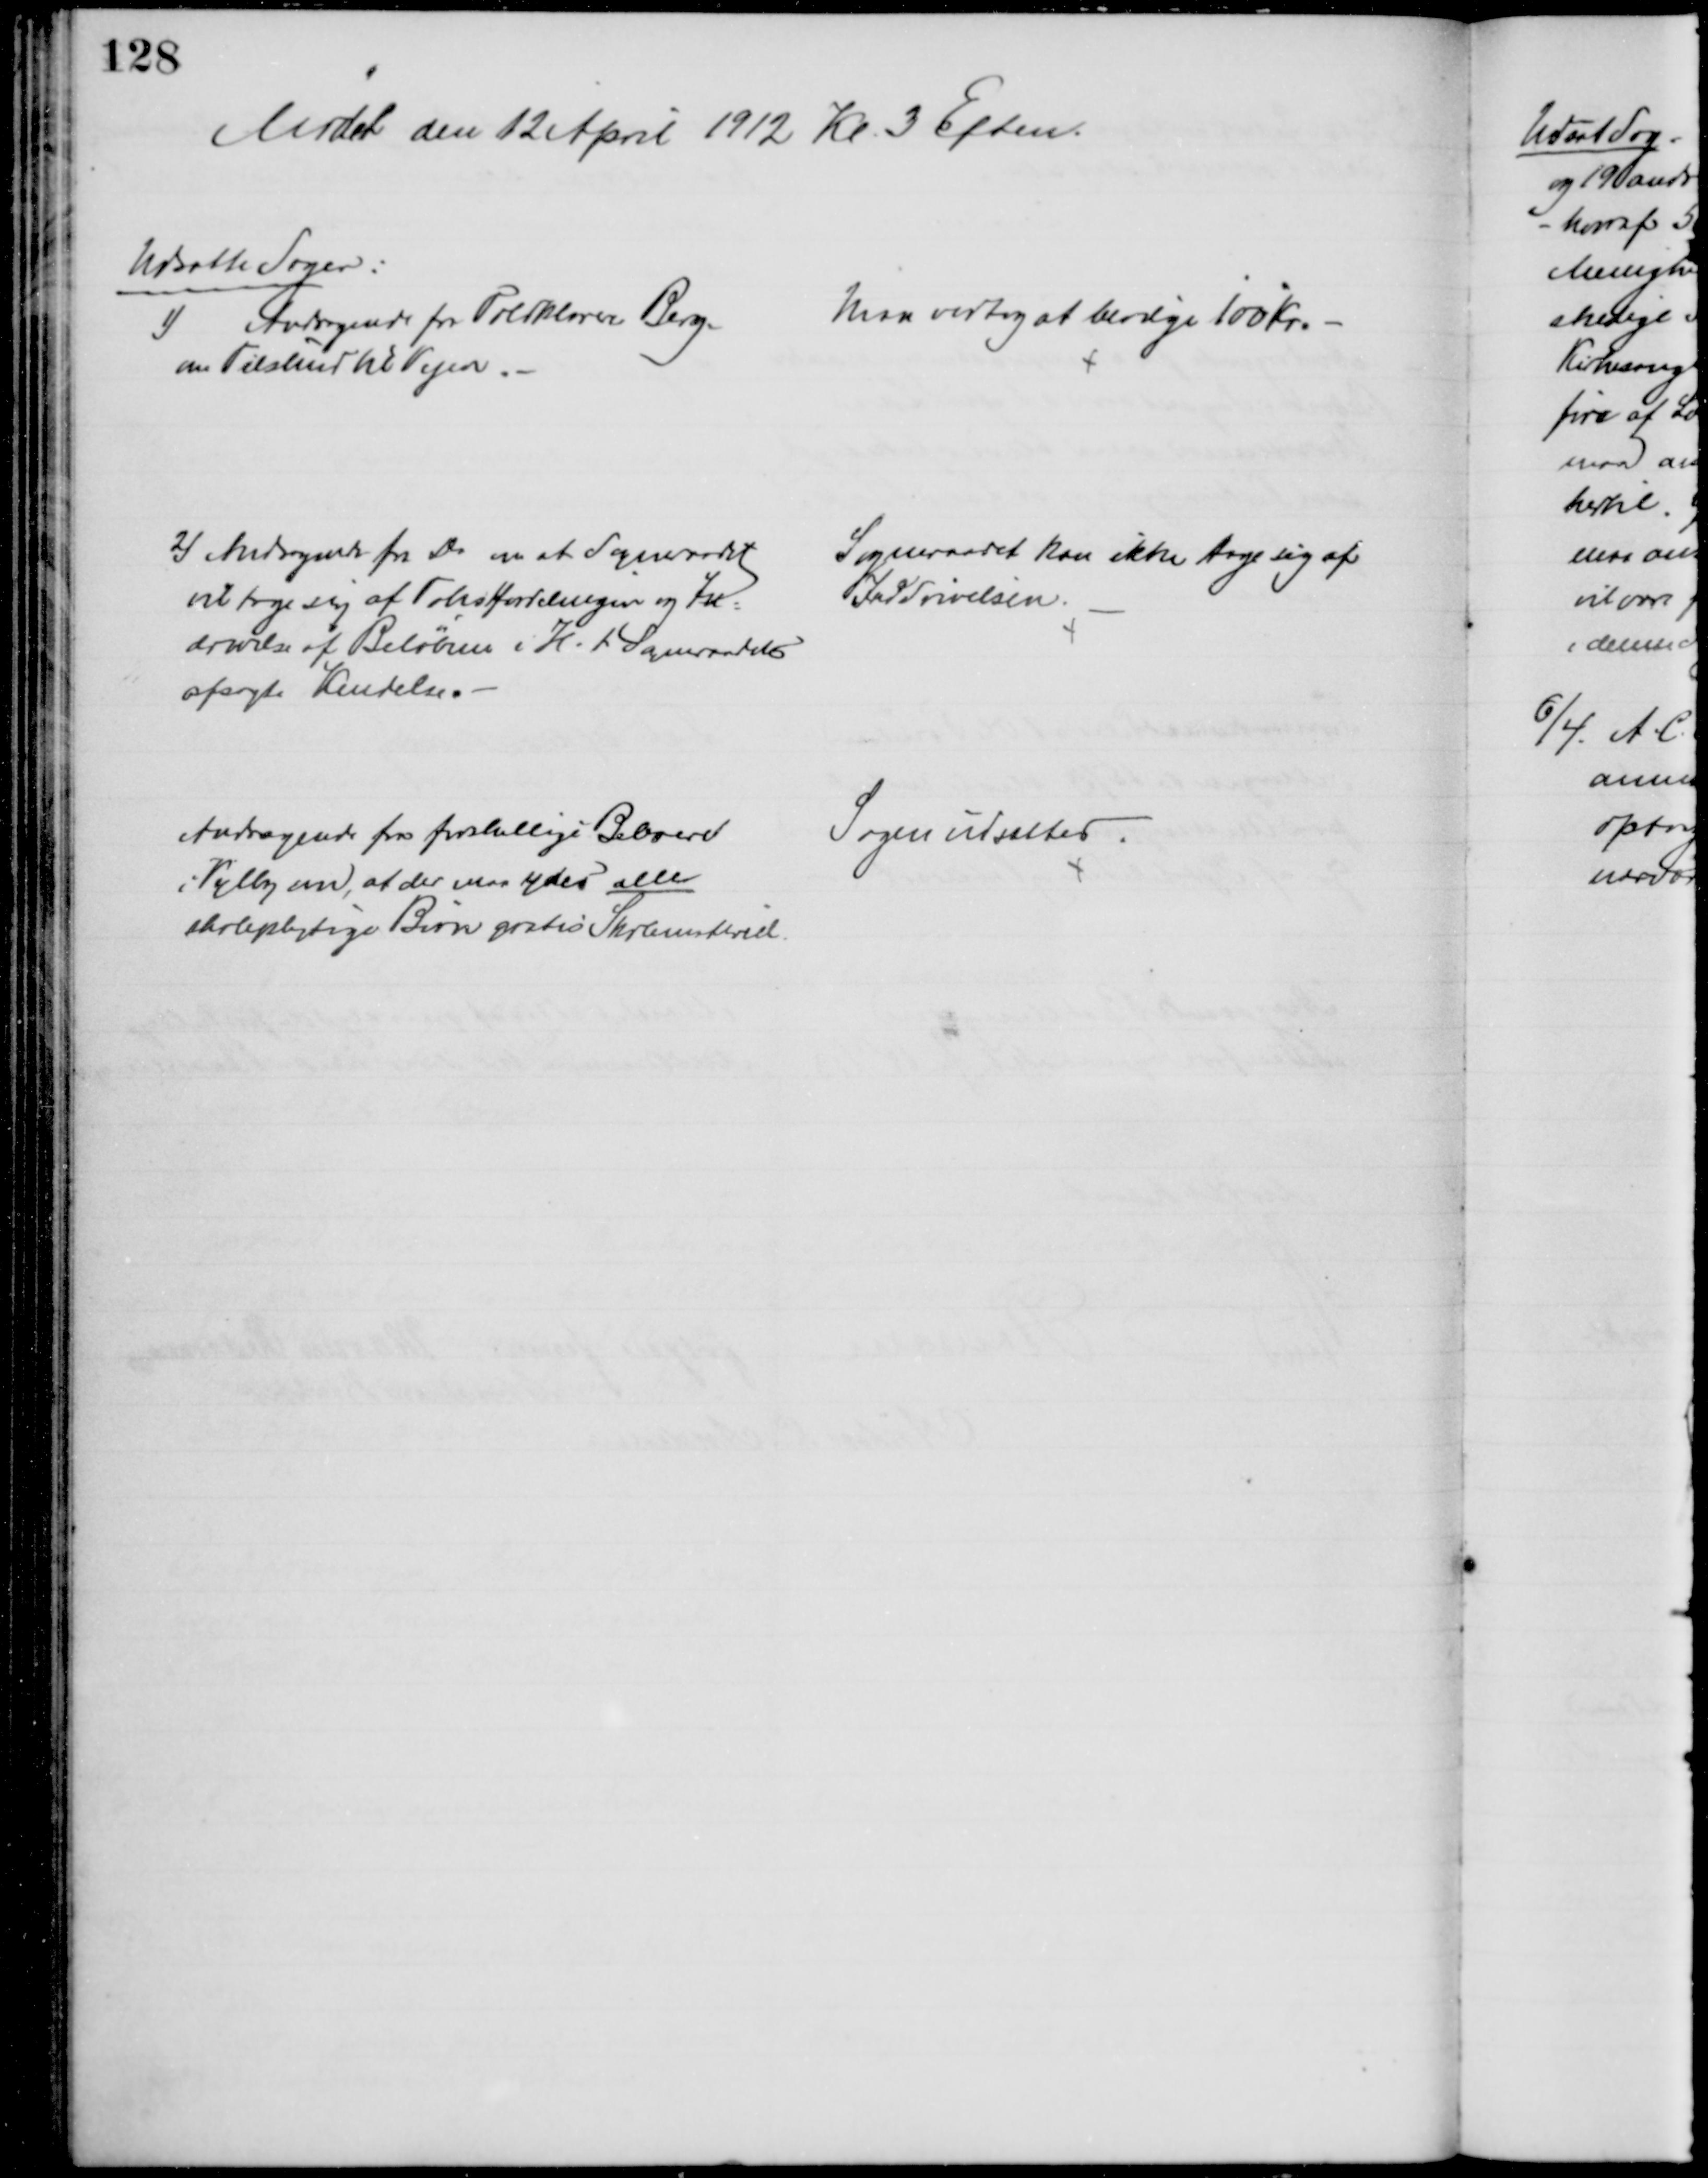
Transskription:
Mødet den 12 April 1912 Kl. 3 Eftm.
Udsatte Sager:
1) 
Andragende for Toldklarerer Berg
om Tilskud til Vejen.
Man vedtog at bevilge 100 Kr.
2) Andragende fra Do om at Sogneraadet
vil tage sig af Takstfordelingen og Ind=
drivelse af Beløbene i H. t. Sogneraadets
afsagte Kendelse.
Sogneraadet kan ikke tage sig af
Inddrivelsen.
Andragende fra forskellige Beboere
i Vejlby om, at der maa ydes alle
skolepligtige Børn gratis Skolemateriel.
Sagen udsattes.